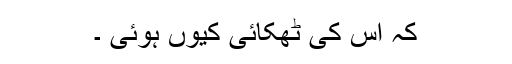
کہ اس کی ٹھکائی کیوں ہوئی ۔